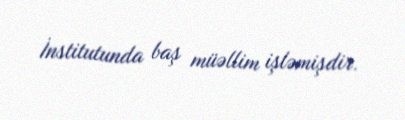
İnstitutunda baş müəllim işləmişdir.